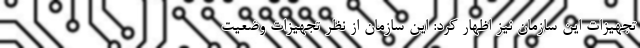
تجهیزات این سازمان نیز اظهار کرد: این سازمان از نظر تجهیزات وضعیت